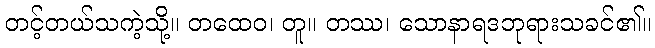
တင့်တယ်သကဲ့သို့။ တထေဝ၊ တူ။ တဿ၊ သောနာရဒဘုရားသခင်၏။